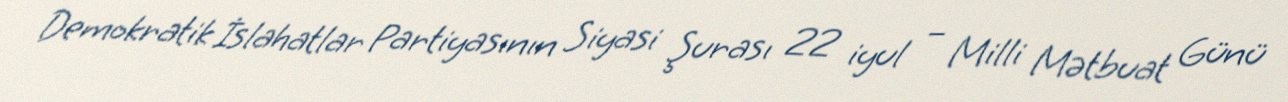
Demokratik İslahatlar Partiyasının Siyasi Şurası 22 iyul – Milli Mətbuat Günü